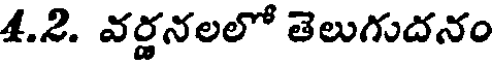
4.2. వర్ణనలలో తెలుగుదనం